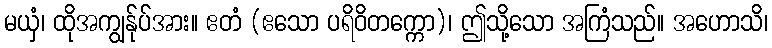
မယှံ၊ ထိုအကျွန်ုပ်အား။ ဧတံ (ဧသော ပရိဝိတက္ကော)၊ ဤသို့သော အကြံသည်။ အဟောသိ၊